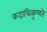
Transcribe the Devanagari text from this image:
कदाचित्कुप्यते